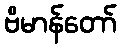
ဗိမာန်တော်